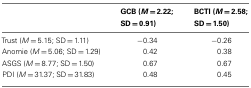
|  | GCB (M = 2.22; SD = 0.91) | BCTI (M = 2.58; SD = 1.50) |
 | --- | --- | --- |
 | Trust (M = 5.15; SD = 1.11) | −0.34 | −0.26 |
 | Anomie (M = 5.06; SD = 1.29) | 0.42 | 0.38 |
 | ASGS (M = 8.77; SD = 1.50) | 0.67 | 0.67 |
 | PDI (M = 31.37; SD = 31.83) | 0.48 | 0.45 |